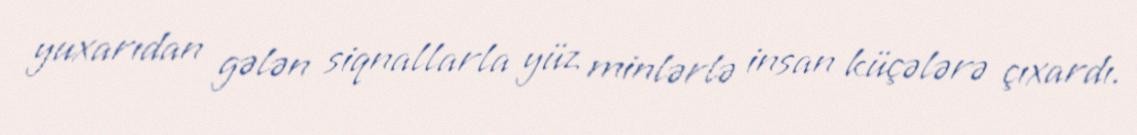
yuxarıdan gələn siqnallarla yüz minlərlə insan küçələrə çıxardı.